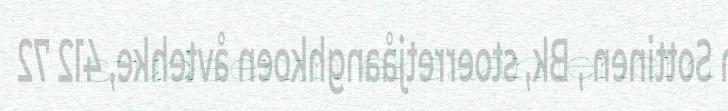
studeenth eksaamenem